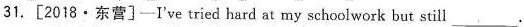
31.[2018·东营]-I've tried hard at my schoolwork but still___。